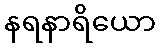
နရနာရိယော